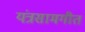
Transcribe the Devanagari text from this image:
यंत्रसामगीत